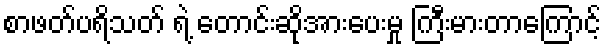
စာဖတ်ပရိသတ် ရဲ့ တောင်းဆိုအားပေးမှု ကြီးမားတာကြောင့်